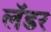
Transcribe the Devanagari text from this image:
लॅडर